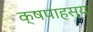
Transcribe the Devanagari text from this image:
क्षपाहस्य